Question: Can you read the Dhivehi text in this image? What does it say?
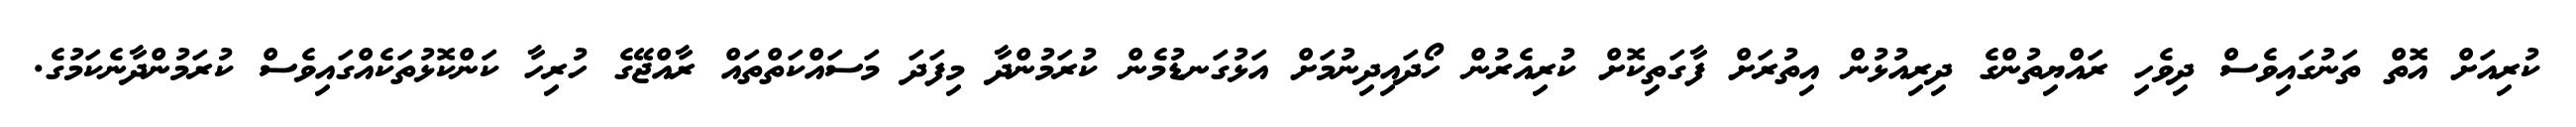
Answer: ކުރިއަށް އޮތް ތަނުގައިވެސް ދިވެހި ރައްޔިތުންގެ ދިރިއުޅުން އިތުރަށް ފާގަތިކޮށް ކުރިއެރުން ހޯދައިދިނުމަށް އަޅުގަނޑުމެން ކުރަމުންދާ މިފަދަ މަސައްކަތްތައް ރާއްޖޭގެ ހުރިހާ ކަންކޮޅުތަކެއްގައިވެސް ކުރަމުންދާނެކަމުގެ.